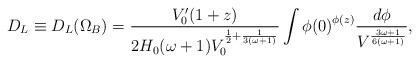
LaTeX: \begin{align*}D_L\equiv D_L(\Omega_B)= \frac{V_0 '(1+z)}{2H_0(\omega+1)V_0^{\frac{1}{2}+\frac{1}{3(\omega+1)}}}\int{\phi(0)}^{\phi(z)}\frac{d\phi}{V^{\frac{3\omega+1}{6(\omega+1)}}},\end{align*}